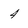
Character: 4